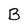
Character: B